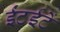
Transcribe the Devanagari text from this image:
ईंटईटें